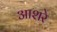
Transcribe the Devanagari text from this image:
आशरे